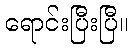
ရောင်းပြီးပြီ။